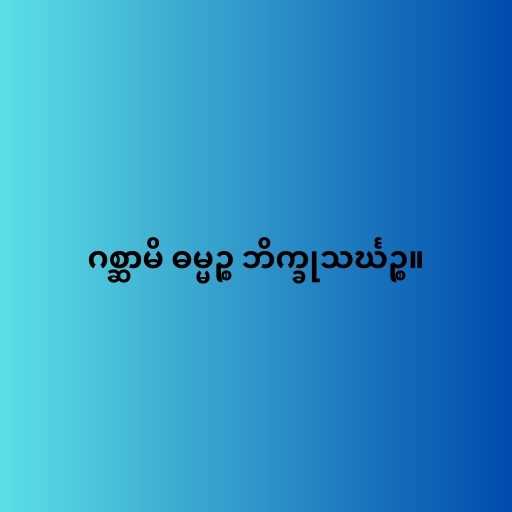
ဂစ္ဆာမိ ဓမ္မဉ္စ ဘိက္ခုသင်္ဃဉ္စ။